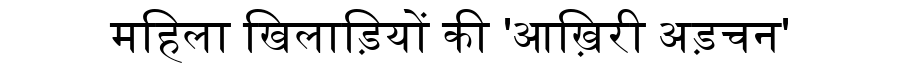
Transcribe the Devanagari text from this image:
महिला खिलाड़ियों की 'आख़िरी अड़चन'